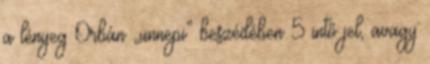
a lényeg Orbán „ünnepi” beszédében 5 intő jel, avagy